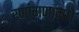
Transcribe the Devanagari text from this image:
रणांगणामधे